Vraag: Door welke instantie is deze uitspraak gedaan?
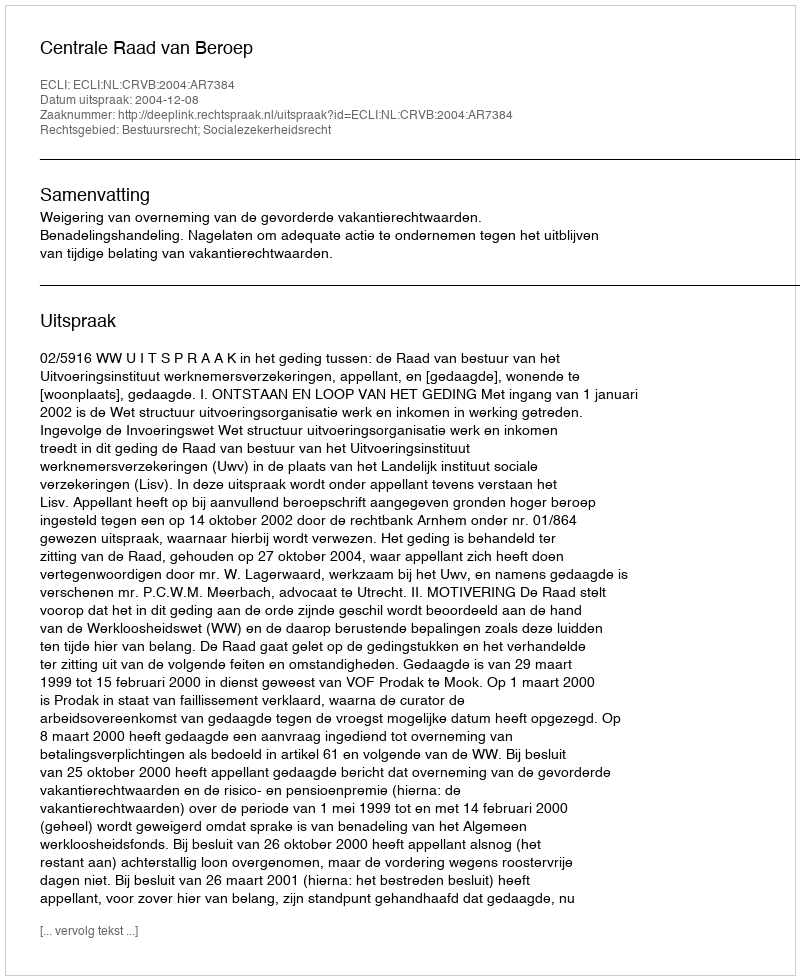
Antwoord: Centrale Raad van Beroep